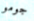
جومو